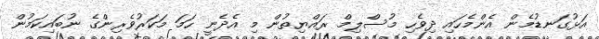
އަޅުގަނޑުމެން އެންމެހައި ދިވެހި މުސްލިމް ރައްޔިތުން މި އެދެނީ ހަމަ މަކަރުވެރިންގެ ނުބައިކަމުން